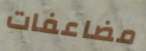
مضاعفات